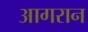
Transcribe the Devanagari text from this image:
आगरान